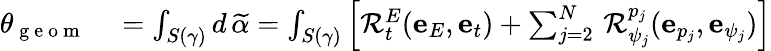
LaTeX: \begin{array}{rl}{\theta_{\mathrm{~g~e~o~m~}}}&{{}=\int_{S(\gamma)}d\, \widetilde{\alpha}=\int_{S(\gamma)}\left[\mathcal{R}_{t}^{E}(\mathbf{e}_{E},\mathbf{e}_{t})+\sum_{j=2}^{N}\, \mathcal{R}_{\psi_{j}}^{p_{j}}(\mathbf{e}_{p_{j}},\mathbf{e}_{\psi_{j}})\right]}\end{array}